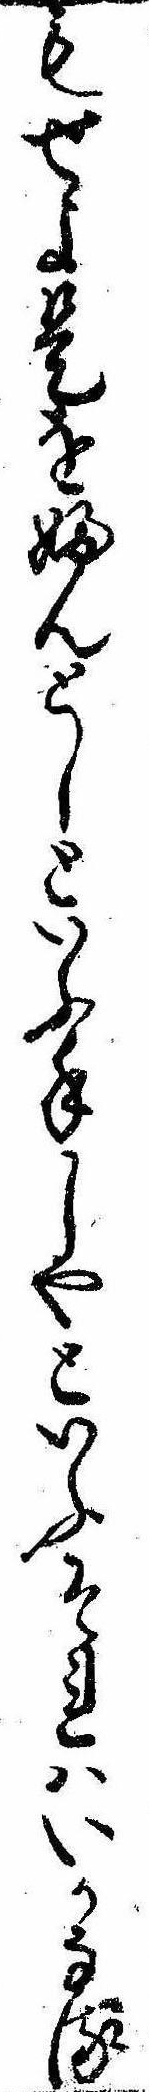
もせよ是をふんとしといふ手しやといふそれはいかなる